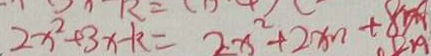
2 x ^ { 2 } + 3 x - k = 2 x ^ { 2 } + 2 x n + 8 x